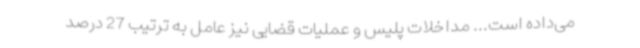
می‌داده است... مداخلات پلیس و عملیات قضایی نیز عامل به ترتیب 27 درصد